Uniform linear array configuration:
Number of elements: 64
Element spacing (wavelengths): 0.75
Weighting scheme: binomial
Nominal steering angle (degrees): -45
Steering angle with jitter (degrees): -45.513
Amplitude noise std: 0.05
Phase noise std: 0.05

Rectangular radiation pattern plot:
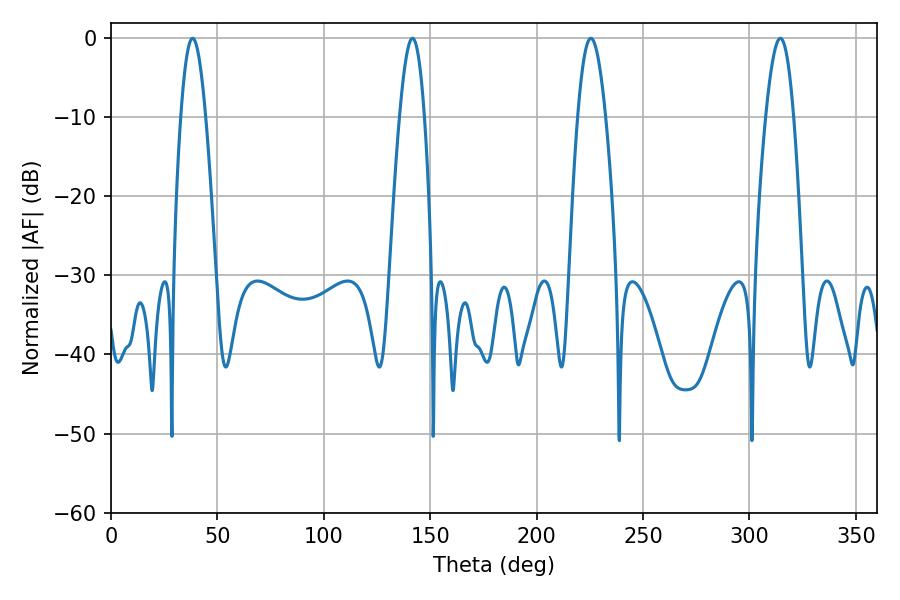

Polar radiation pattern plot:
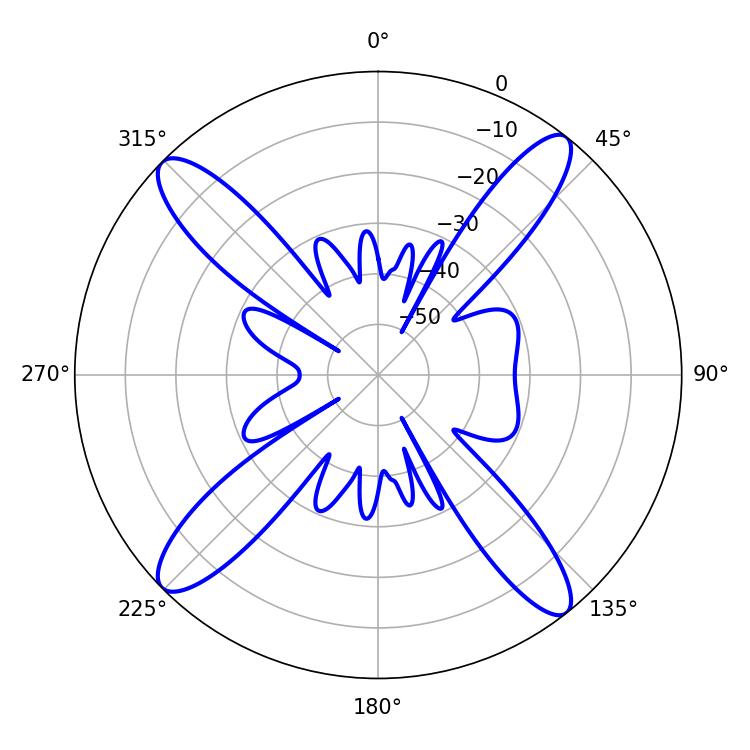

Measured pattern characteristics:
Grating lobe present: TRUE
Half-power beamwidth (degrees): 6.3
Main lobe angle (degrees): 38.34